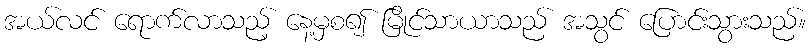
အယ်လင် ရောက်လာသည့် နေ့မှစ၍ မြိုင်သာယာသည် အသွင် ပြောင်းသွားသည်။